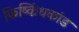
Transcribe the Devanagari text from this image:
किष्किंधकांड